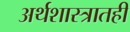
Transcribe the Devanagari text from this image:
अर्थशास्त्रातही